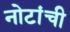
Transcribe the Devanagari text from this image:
नोटांची